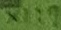
Text: X1:9